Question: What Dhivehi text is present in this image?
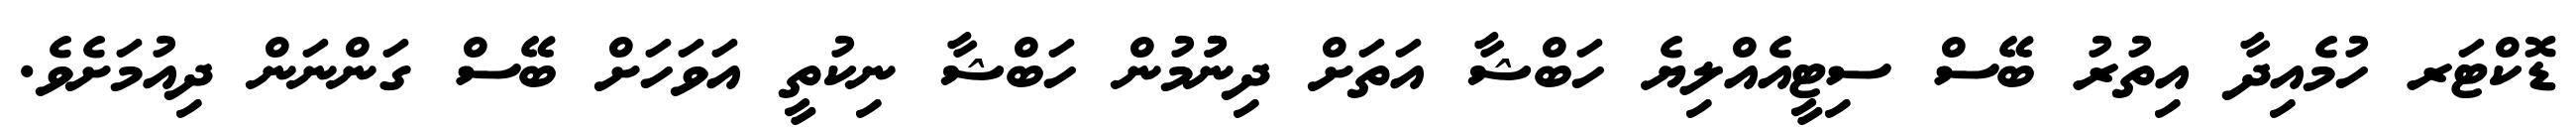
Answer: ޑޮކްޓަރ ހުމެއިދާ އިތުރު ބޭސް ސިޓީއެއްލިޔެ ހަބްޝާ އަތަށް ދިނުުމުން ހަބްޝާ ނިކުތީ އަވަހަށް ބޭސް ގަންނަން ދިއުމަށެވެ.